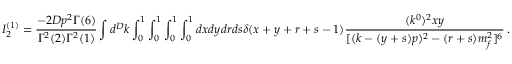
I _ { 2 } ^ { ( 1 ) } = \frac { - 2 D p ^ { 2 } \Gamma ( 6 ) } { \Gamma ^ { 2 } ( 2 ) \Gamma ^ { 2 } ( 1 ) } \int d ^ { D } k \int _ { 0 } ^ { 1 } \int _ { 0 } ^ { 1 } \int _ { 0 } ^ { 1 } \int _ { 0 } ^ { 1 } d x d y d r d s \delta ( x + y + r + s - 1 ) \frac { ( k ^ { 0 } ) ^ { 2 } x y } { [ ( k - ( y + s ) p ) ^ { 2 } - ( r + s ) m _ { f } ^ { 2 } ] ^ { 6 } } \, .